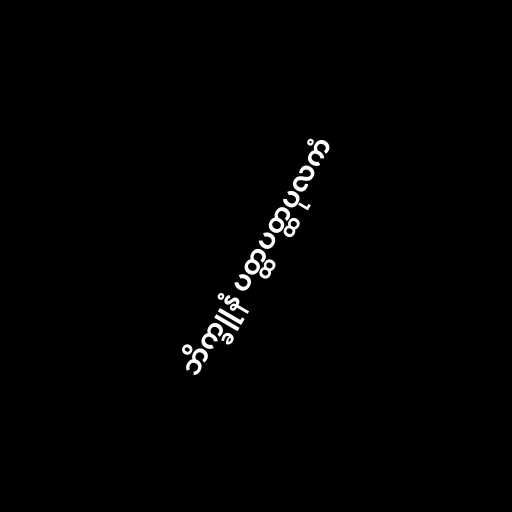
ဘိက္ခူနံ ပတ္ထပတ္ထပုလကံ